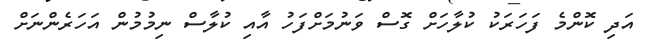
އަދި ކޮންމެ ފަހަރަކު ކުލާހަށް ގޮސް ވަނުމަށްފަހު އާއި ކުލާސް ނިމުމުން އަހަރެންނަށް